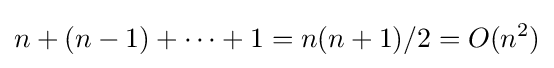
n+(n-1)+\cdots +1=n(n+1)/2=O(n^{2})